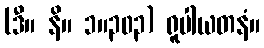
(ဒီ။ နိ။ ၁။၃၀၃) ရူပါယတနံ။